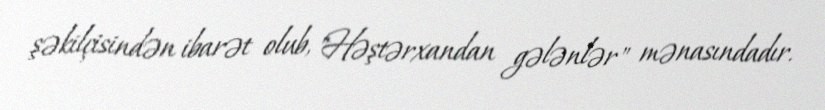
şəkilçisindən ibarət olub, "Həştərxandan gələnlər" mənasındadır.